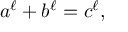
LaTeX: a ^ { \ell } + b ^ { \ell } = c ^ { \ell } ,